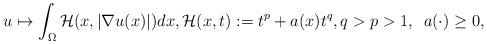
LaTeX: \begin{align*} u\mapsto \int_{\Omega} {\mathcal H}(x,|\nabla u(x)|)dx, {\mathcal H}(x,t):=t^p+a(x)t^q,q>p>1,\,\,\, a(\cdot)\geq 0, \end{align*}